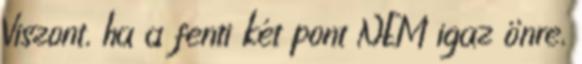
Viszont, ha a fenti két pont NEM igaz önre,